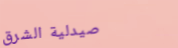
صيدلية الشرق